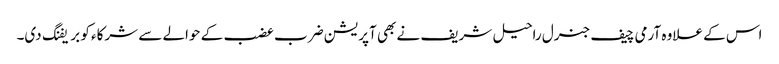
اس کے علاوہ آرمی چیف جنرل راحیل شریف نے بھی آپریشن ضرب عضب کے حوالے سے شرکاء کو بریفنگ دی۔